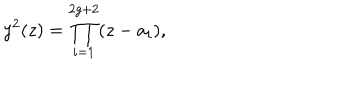
y ^ { 2 } ( z ) = \prod _ { i = 1 } ^ { 2 g + 2 } ( z - a _ { i } ) ,